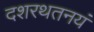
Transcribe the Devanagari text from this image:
दशरथतनयं